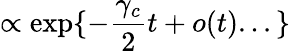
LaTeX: \propto\exp\{ -\frac{\gamma_{c}}{2}t+o(t)...\}